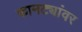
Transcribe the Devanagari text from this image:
कामट्यांवर